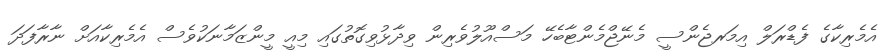
އެމެރިކާގެ ފެޑްރަލް އިމަރޖެންސީ މެނޭޖްމެންޓާބެހޭ މަސްއޫލުވެރިން ވިދާޅުވިގޮތުގައި މިއީ މީންޒަމާނަކުވެސް އެމެރިކާއަށް ނާރާފަދަ